Bombay plague: being a history of the progress of plague in the Bombay presidency from September 1896 to June 1899
Year: 1896
Disease focus: Plague
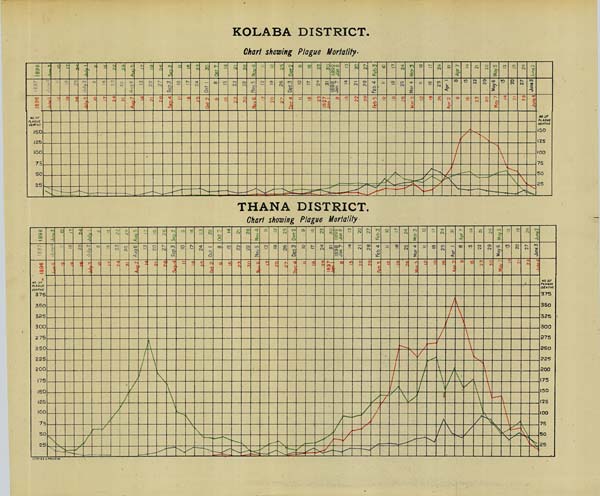
KOLABA DISTRICT.
Chart showing Plague Mortality.
THAN A DISTRICT.
Chart showing Plague Mortality